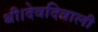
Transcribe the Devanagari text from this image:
थी।देवदिवाली